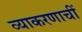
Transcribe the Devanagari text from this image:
व्याकरणाचीं